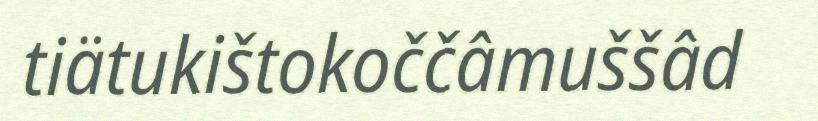
tiätukištokoččâmuššâd